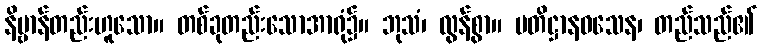
နိဗ္ဗာန်တည်းဟူသော။ တစ်ခုတည်းသောအာရုံ၌။ ဘုသံ၊ လွန်စွာ။ ပတိဋ္ဌာနဝသေန၊ တည်သည်၏